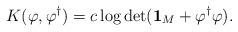
LaTeX: \begin{align*}K(\varphi, \varphi^{\dagger})= c\log\det({\bf 1}_M+\varphi^{\dagger}\varphi).\end{align*}